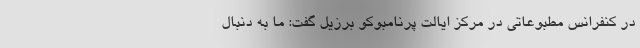
در کنفرانس مطبوعاتی در مرکز ایالت پرنامبوکو برزیل گفت: ما به دنبال